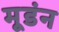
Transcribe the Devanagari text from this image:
मूडंन